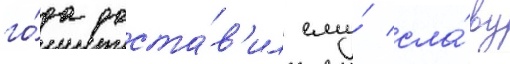
го́да доста́в'ил ему́ сла́ву